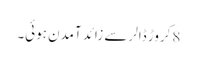
8کروڑ ڈالر سے زائد آمدن ہوئی۔